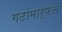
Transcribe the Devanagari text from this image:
गटांमार्फत